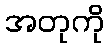
အတုကို